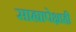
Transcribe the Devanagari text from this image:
साह्यापेक्षाही